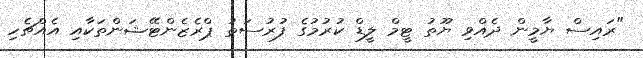
"ރައިސް ޔާމީން ދެއްވި ޔޫތު ޓީމް ލީޑް ކުރުމުގެ ފުރުސަތު ޕްރެޒެންޓޭޝަންތަކާއި އެއްޗެހި